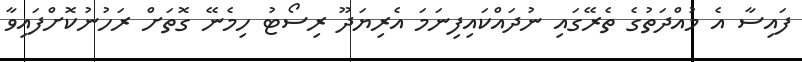
ފައިސާ އެ މުއްދަތުގެ ތެރޭގައި ނުދައްކައިފިނަމަ އެރިޔަދޫ ރިސޯޓު ހިމެނޭ ގޮތަށް ރަހުނުކޮށްފައިވާ